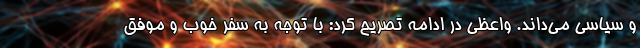
و سیاسی می‌داند. واعظی در ادامه تصریح کرد: با توجه به سفر خوب و موفق